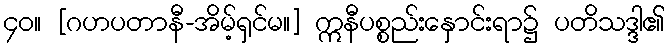
၄၀။ [ဂဟပတာနီ-အိမ့်ရှင်မ။] ဣနီပစ္စည်းနှောင်းရာ၌ ပတိသဒ္ဒါ၏